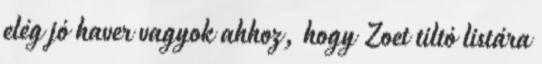
elég jó haver vagyok ahhoz, hogy Zoet tiltó listára